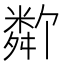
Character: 𬖩